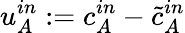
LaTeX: u_{A}^{in}:=c_{A}^{in}-\tilde{c}_{A}^{in}